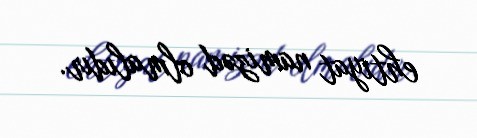
ehtiyat namizəd olmalıdır.